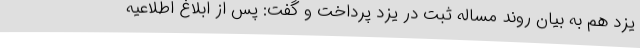
یزد هم به بیان روند مساله ثبت در یزد پرداخت و گفت: پس از ابلاغ اطلاعیه